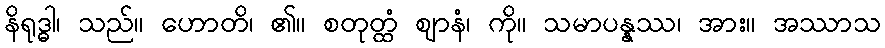
နိရုဒ္ဓါ၊ သည်။ ဟောတိ၊ ၏။ စတုတ္ထံ ဈာနံ၊ ကို။ သမာပန္နဿ၊ အား။ အဿာသ